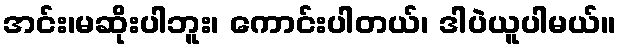
အင်း၊မဆိုးပါဘူး၊ ကောင်းပါတယ်၊ ဒါပဲယူပါမယ်။